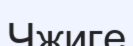
Чжиге